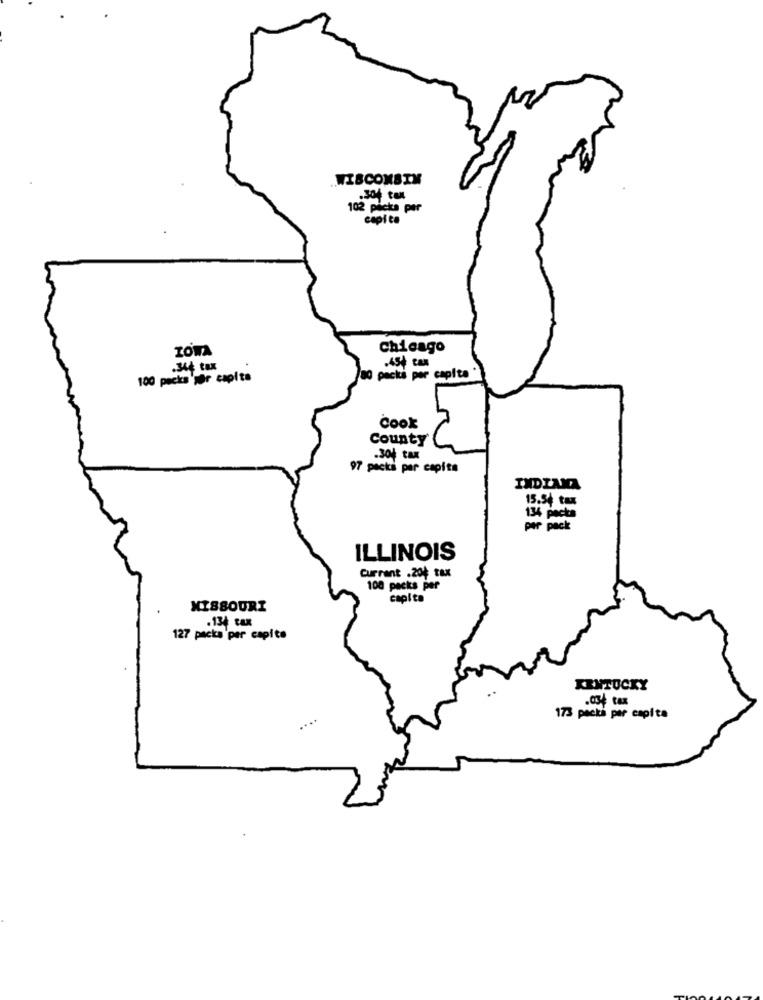
WISCONSIN
304 tex
102 picks par
capita
TOMA
Chicago
.346 tax
100 pecks per capita
packs per capita
Cook
County
.304 tax
97 packs per capita
INDIANA
15.54 tax
134 packa
per pack
ILLINOIS
Currant .20+ tax
100 packs per
capito
MISSOURI
.134 tax
127 packa per capita
KENTUCKY
....
173 packa per capita